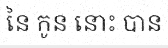
នៃ កូន នោះ បាន